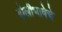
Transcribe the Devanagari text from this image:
बोलीभाषेचे